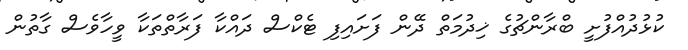
ކުޅުދުއްފުށީ ބްރާންޗުގެ ޚިދުމަތް ދޭން ފަށައިފި ޓެކްސް ދައްކާ ފަރާތްތަކާ ވީހާވެސް ގާތުން